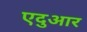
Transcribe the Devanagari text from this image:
एदुआर